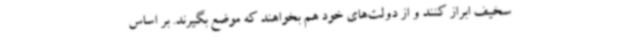
سخیف ابراز کنند و از دولت‌های خود هم بخواهند که موضع بگیرند. بر اساس